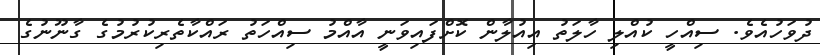
ދުވަހުއެވެ. ސިއްހީ ކުއްލި ހާލަތު އިއުލާން ކޮށްފައިވަނީ އާއްމު ސިއްހަތު ރައްކާތެރިކުރުމުގެ ގާނޫނުގެ